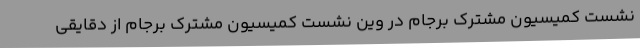
نشست کمیسیون مشترک برجام در وین نشست کمیسیون مشترک برجام از دقایقی